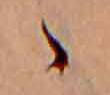
ゝ